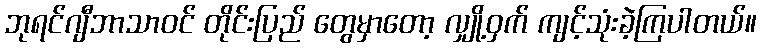
ဘုရင်ဂျီဘာသာဝင် တိုင်းပြည် တွေမှာတော့ လျှို့ဝှက် ကျင့်သုံးခဲ့ကြပါတယ်။